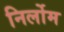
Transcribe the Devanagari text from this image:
निर्लोम